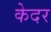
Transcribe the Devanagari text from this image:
केदर